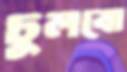
ঢুলবো